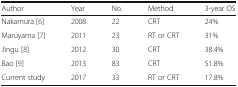
<table><thead><tr><td><b>Author</b></td><td><b>Year</b></td><td><b>No.</b></td><td><b>Method</b></td><td><b>3-year OS</b></td></tr></thead><tbody><tr><td>Nakamura [6]</td><td>2008</td><td>22</td><td>CRT</td><td>24%</td></tr><tr><td>Maruyama [7]</td><td>2011</td><td>23</td><td>RT or CRT</td><td>31%</td></tr><tr><td>Jingu [8]</td><td>2012</td><td>30</td><td>CRT</td><td>38.4%</td></tr><tr><td>Bao [9]</td><td>2013</td><td>83</td><td>CRT</td><td>51.8%</td></tr><tr><td>Current study</td><td>2017</td><td>33</td><td>RT or CRT</td><td>17.8%</td></tr></tbody></table>